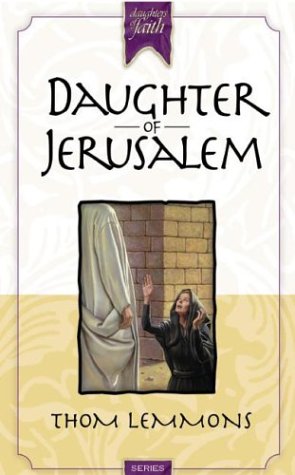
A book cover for Daughter of Jerusalem (Daughters of Faith); Thom Lemmons; Christian Books & Bibles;